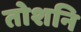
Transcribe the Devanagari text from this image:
तोशनि